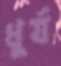
ধুর্য